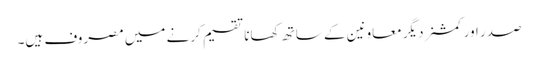
صدر اور کمشنردیگر معاونین کے ساتھ کھانا تقسیم کرنے میں مصروف ہیں۔